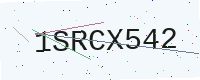
Text: 1SRCX542